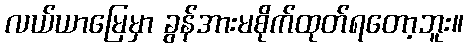
လယ်ယာမြေမှာ ခွန်အားမစိုက်ထုတ်ရတော့ဘူး။